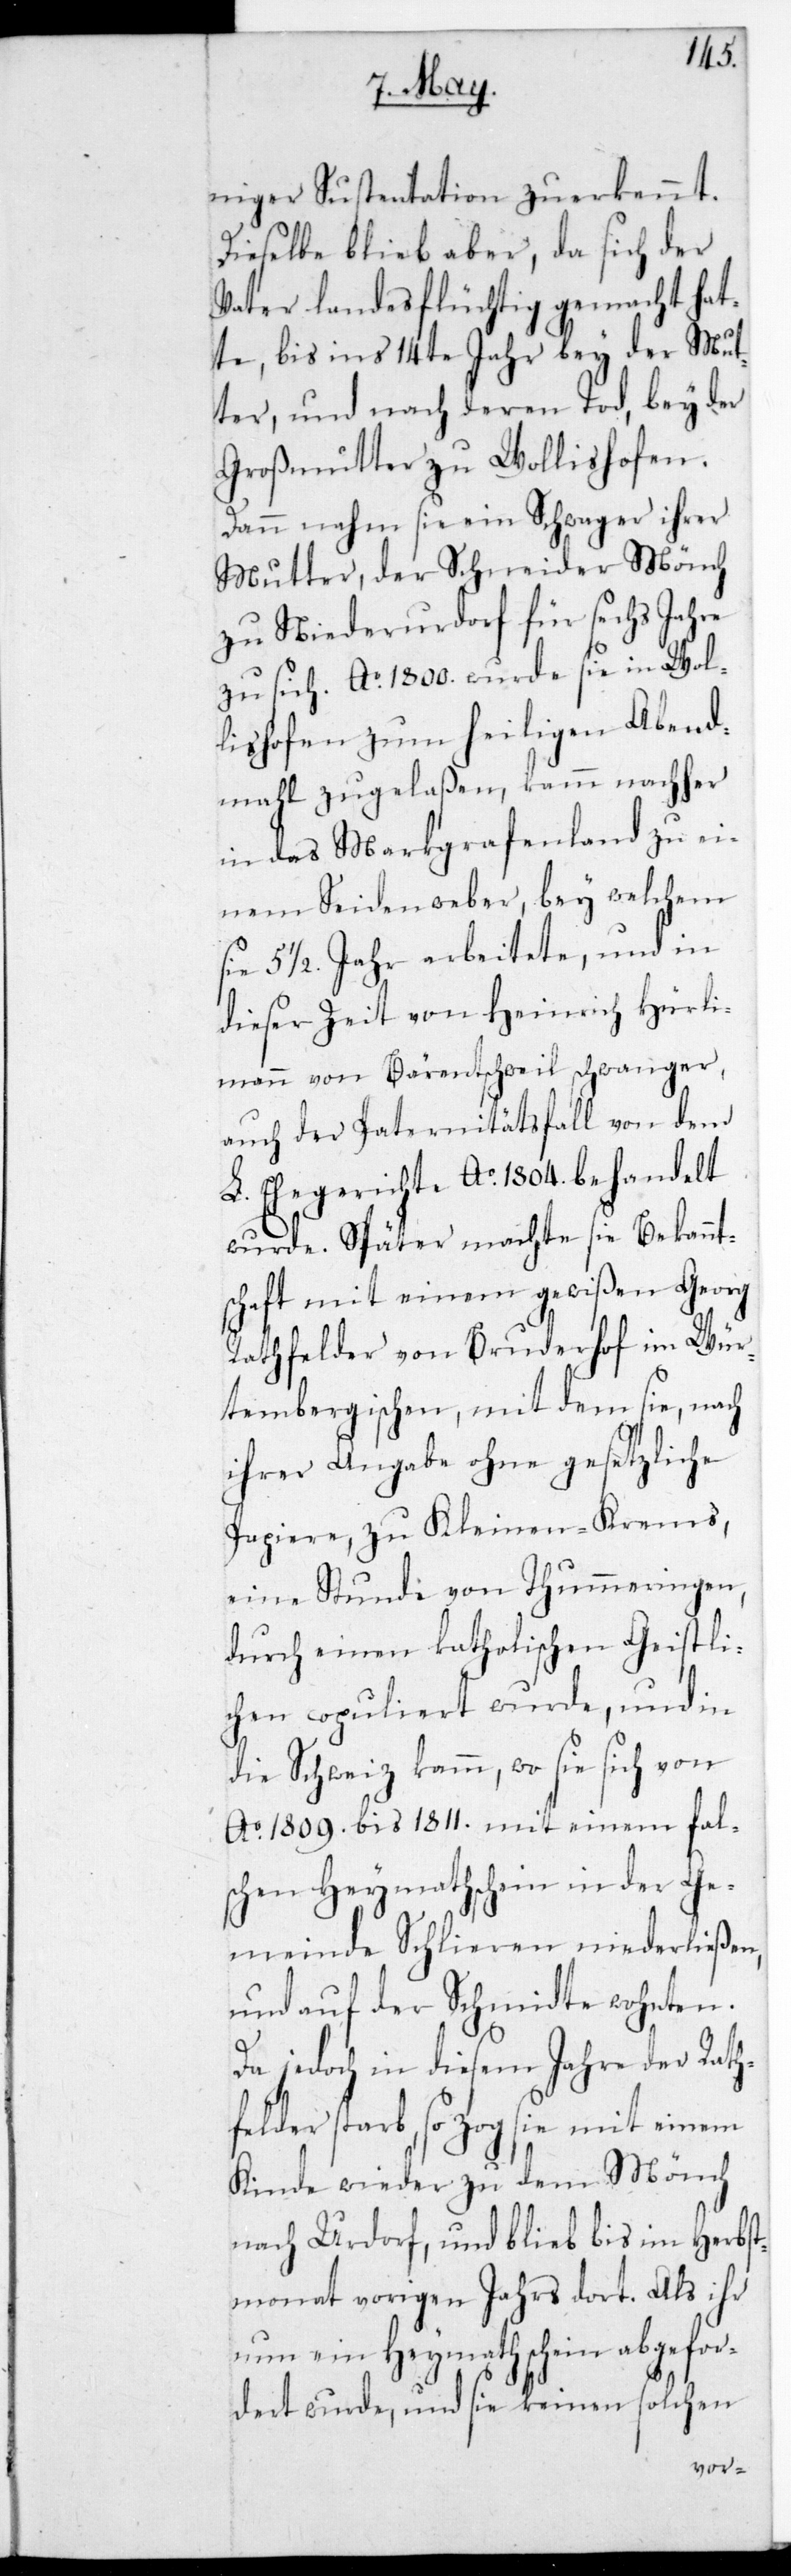
niger Sustentation zuerkennt.
Dieselbe blieb aber, da sich der
Vater landesflüchtig gemacht hat¬
te, bis ins 14te Jahr bey der Mut¬
ter, und nach deren Tod, bey der
Großmutter zu Wollishofen.
Dann nahm sie ein Schwager ihrer
Mutter, der Schneider Mönch
zu Niederurdorf für sechs Jahre
zu sich. Ao. 1800. wurde sie in Wol¬
lishofen zum heiligen Abend¬
mahl zugelaßen, kam nachher
in das Markgrafenland zu ei¬
nem Seidenweber, bey welchem
sie 5 1/2. Jahr arbeitete, und in
dieser Zeit von Heinrich Hürli¬
mann von Bärentschweil schwanger,
auch der Paternitätsfall von dem
L. Ehegerichte Ao. 1804 behandelt
wurde. Später machte sie Bekannt¬
schaft mit einem gewißen Georg
Rathfelder von Bruderhof im Wür¬
tembergischen, mit dem sie, nach
ihrer Angabe ohne gesetzliche
Papiere, zu Kleinen-Krems,
eine Stunde von Thummeringen,
durch einen katholischen Geistli¬
chen copuliert wurde, und in
die Schweiz kam, wo sie sich von
Ao. 1809. Bis 1811. mit einem fal¬
schen Heymathschein in der Ge¬
meinde Schlieren niederließen,
und auf der Schmidte wohnten.
Da jedoch in diesem Jahre der Rath¬
felder starb, so zog sie mit einem
Kinde wieder zu dem Mönch
nach Urdorf, und blieb bis im Herbst¬
monat vorigen Jahrs dort. Als ihr
nun ein Heymathschein abgefor¬
deret wurde, und sie keinen solchen